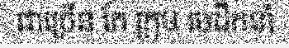
ជាច្រើន តែ ក្រុម មេដឹកនាំ